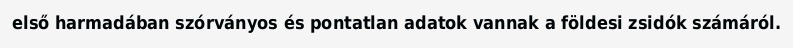
első harmadában szórványos és pontatlan adatok vannak a földesi zsidók számáról.